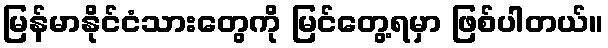
မြန်မာနိုင်ငံသားတွေကို မြင်တွေ့ရမှာ ဖြစ်ပါတယ်။